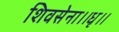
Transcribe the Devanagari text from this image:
शिवसेना।।धृ।।